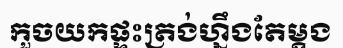
កួចយកផ្ទះត្រង់ហ្នឹងតែម្តង